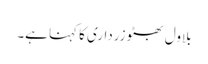
بلاول بھٹو زرداری کا کہنا ہے۔